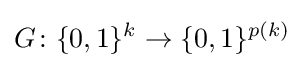
G\colon \{0,1\}^{k}\to \{0,1\}^{p(k)}